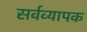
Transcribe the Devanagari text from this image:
सर्वव्‍यापक